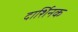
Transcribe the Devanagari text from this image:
दार्शिनक